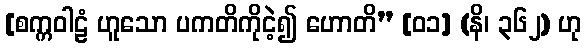
[စက္ကဝါဠံ ဟူသော ပကတိကိုငဲ့၍ ဟောတိ” [၀၁] (နိ၊ ၃၆၂) ဟု